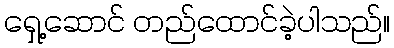
ရှေ့ဆောင် တည်ထောင်ခဲ့ပါသည်။